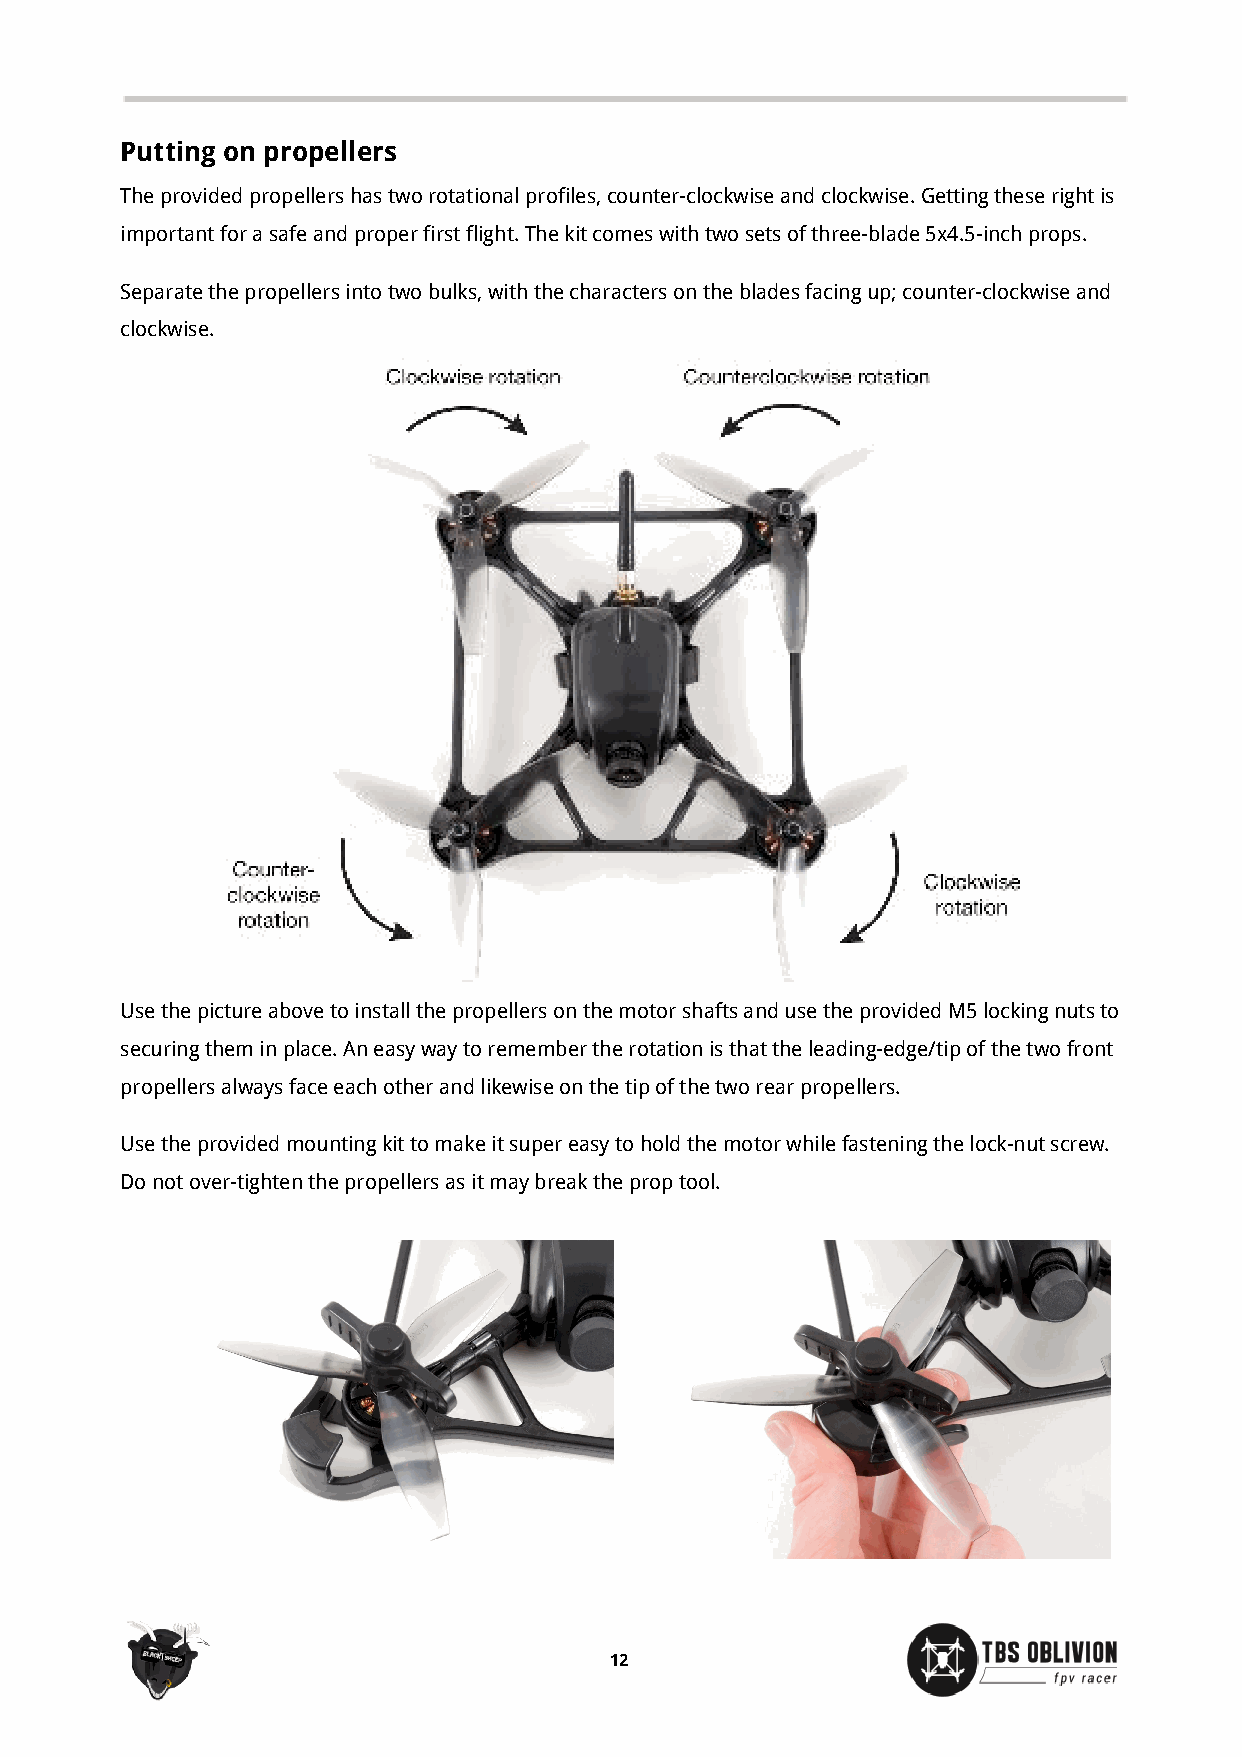
Putting on propellers
 The provided propellers has two rotational profiles, counter-clockwise and clockwise. Getting these right is
 important for a safe and proper first flight. The kit comes with two sets of three-blade 5x4.5-inch props.
 Separate the propellers into two bulks, with the characters on the blades facing up; counter-clockwise and
 clockwise.
 Use the picture above to install the propellers on the motor shafts and use the provided M5 locking nuts to
 securing them in place. An easy way to remember the rotation is that the leading-edge/tip of the two front
 propellers always face each other and likewise on the tip of the two rear propellers.
 Use the provided mounting kit to make it super easy to hold the motor while fastening the lock-nut screw.
 Do not over-tighten the propellers as it may break the prop tool.
 12